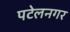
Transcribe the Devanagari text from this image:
पटेलनगर